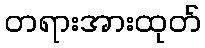
တရားအားထုတ်